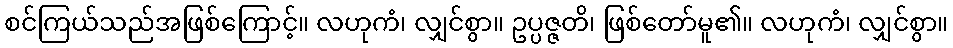
စင်ကြယ်သည်အဖြစ်ကြောင့်။ လဟုကံ၊ လျှင်စွာ။ ဥပ္ပဇ္ဇတိ၊ ဖြစ်တော်မူ၏။ လဟုကံ၊ လျှင်စွာ။